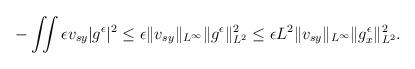
LaTeX: \begin{align*}\begin{aligned}-\iint \epsilon v_{sy}|g^\epsilon|^2 &\leq \epsilon \Vert v_{sy} \Vert_{L^\infty}\Vert g^\epsilon\Vert_{L^2}^2\leq \epsilon L^2\Vert v_{sy} \Vert_{L^\infty}\Vert g^\epsilon_x\Vert_{L^2}^2.\end{aligned}\end{align*}